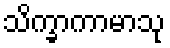
သိက္ခာကာမာသု